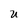
Character: U